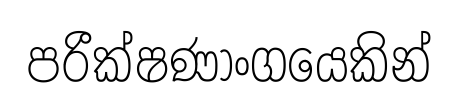
පරීක්ෂණාංගයෙකින්